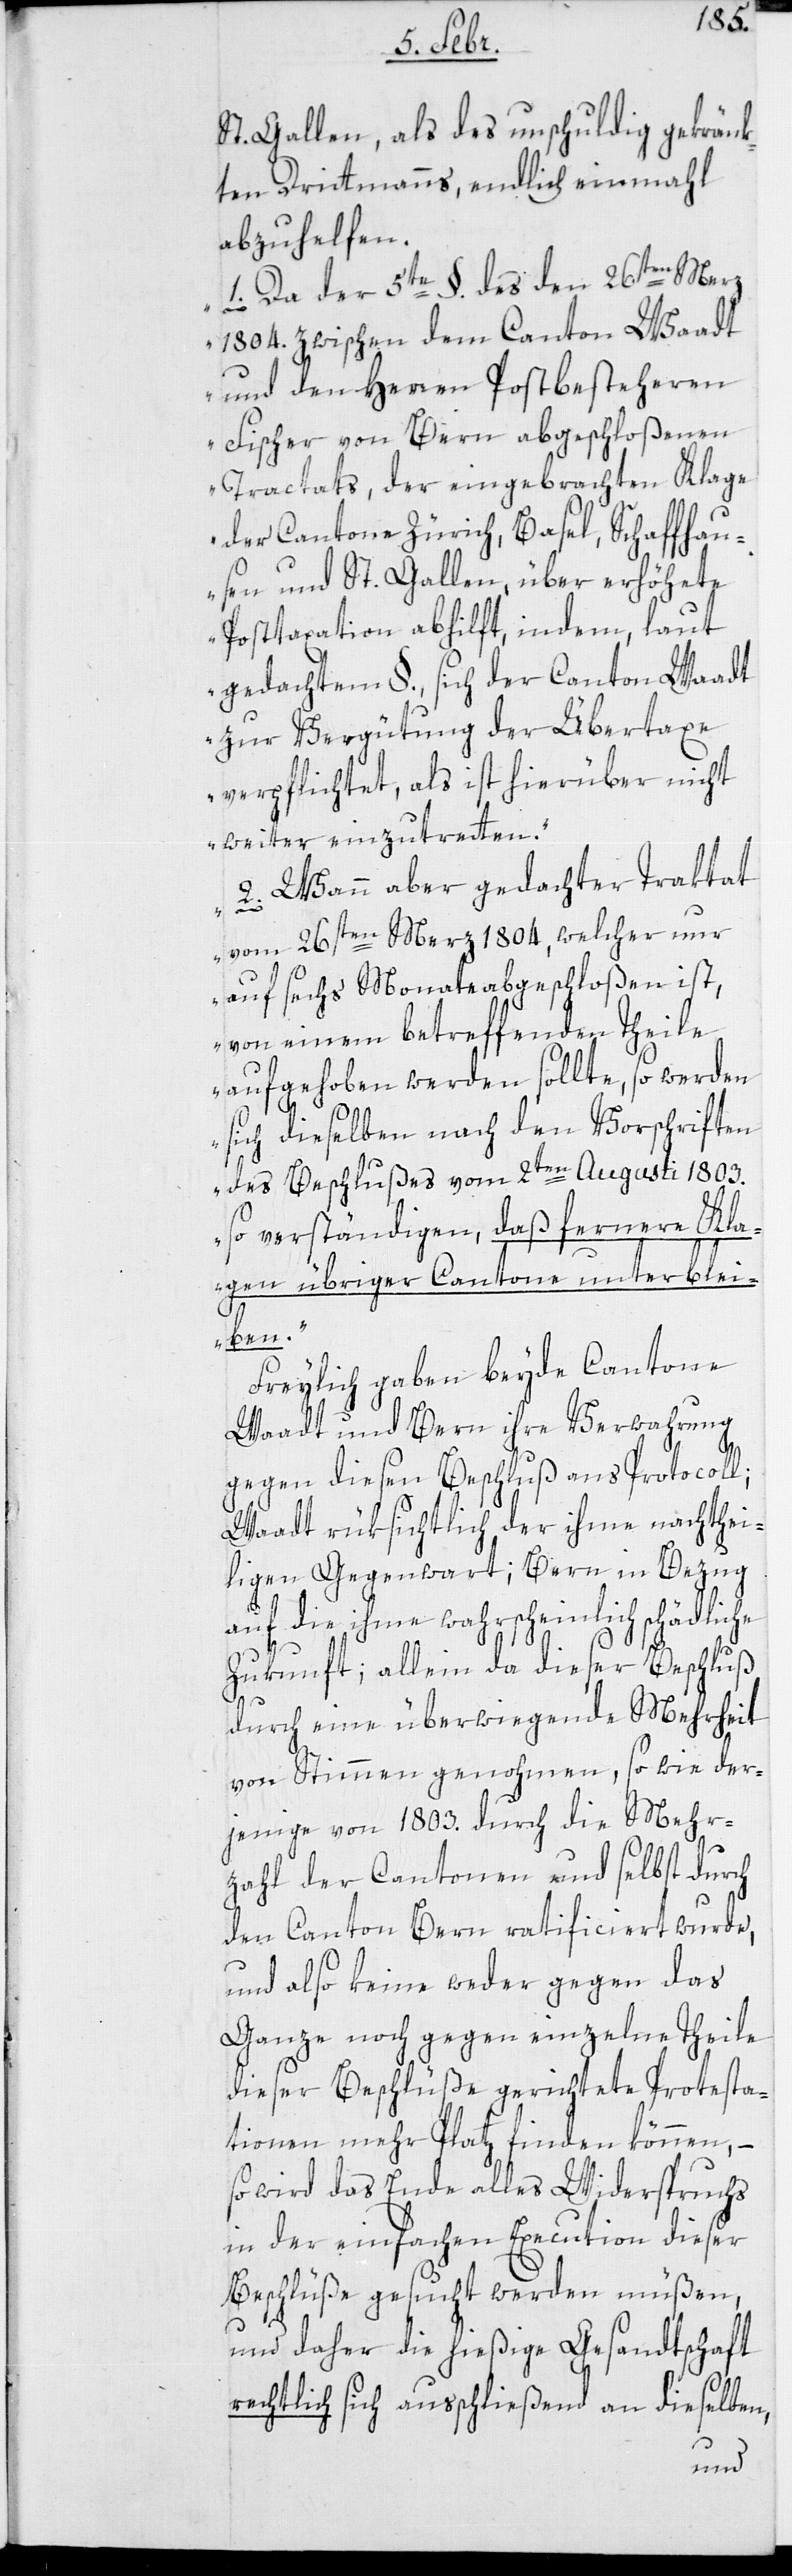
St. Gallen, als des unschuldig gekränk¬
ten Drittmanns, endlich einmahl
abzuhelfen.
„1. Da der 5te. §. des den 26sten Merz
1804. zwischen dem Canton Waadt
und den Herren Postbesteheren
Fischer von Bern abgeschloßenen
Tractats, der eingebrachten Klage
der Cantone Zürich, Basel, Schaffhau¬
sen und St. Gallen, über erhöhete
Posttaxation abhilft, indem laut
gedachtem §. sich der Canton Waadt
zur Verhütung der Übertaxe
verpflichtet, als ist hierüber nicht
weiter einzutreten“.
„2. Wann aber gedachter Traktat
vom 26sten Merz 1804., welcher nur
auf sechs Monate abgeschloßen ist,
von einem betreffenden Theile
aufgehoben werden sollte, so werden
sich dieselben nach den Vorschriften
des Beschlußes vom 2ten Augusti 1803.
so verständigen, daß fernere Kla¬
gen übriger Cantone unterblei¬
ben.“
Freilich gaben beyde Cantone
Waadt und Bern ihre Verwahrung
gegen diesen Beschluß ans Protocoll;
Waadt rüksichtlich der ihme nachthei¬
ligen Gegenwart; Bern in Bezug
auf die ihme wahrscheinlich schädliche
Zukunft; allein da dieser Beschluß
durch eine überwiegende Mehrheit
von Stimmen genommen, so wie der¬
jenige von 1803. durch die Mehr¬
zahl der Cantonen und selbst durch
den Canton Bern ratificiert wurde,
und also keine weder gegen das
Ganze noch gegen einzelne Theile
dieser Beschlüße gerichtete Protesta¬
tionen mehr Platz finden können, –
so wird das Ende alles Widerspruchs
in der einfachen Execution dieser
Beschlüße gesucht werden müßen,
und daher die hießige Gesandtschaft
rechtlich sich außchließend an dieselben,